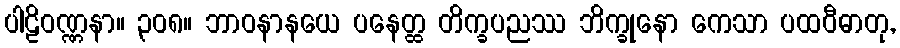
ပါဠိဝဏ္ဏနာ။ ၃၀၈။ ဘာဝနာနယေ ပနေတ္ထ တိက္ခပညဿ ဘိက္ခုနော ကေသာ ပထဝီဓာတု,